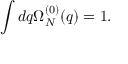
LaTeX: \int d q \Omega _ { N } ^ { ( 0 ) } ( q ) = 1 .